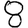
Digit: 8